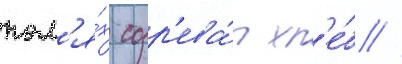
пол'я́х созр'ева́л хл'е́б //